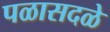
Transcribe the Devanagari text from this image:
पळासदळे